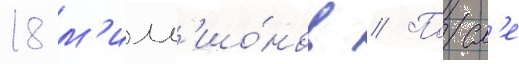
18 м'илл'ио́нов // Посл'е